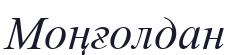
Моңғолдан